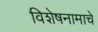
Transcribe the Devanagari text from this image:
विशेषनामाचे